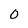
Character: 0